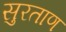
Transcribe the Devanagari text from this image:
सुरताण